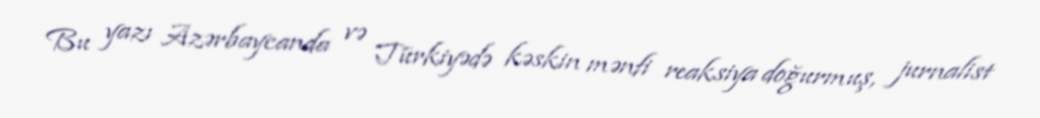
Bu yazı Azərbaycanda və Türkiyədə kəskin mənfi reaksiya doğurmuş, jurnalist